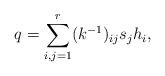
LaTeX: \begin{align*}q = \sum_{i,j=1}^r (k^{-1})_{ij} s_j h_i, \end{align*}